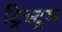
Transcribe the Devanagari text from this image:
ट्रिस्ट्रम